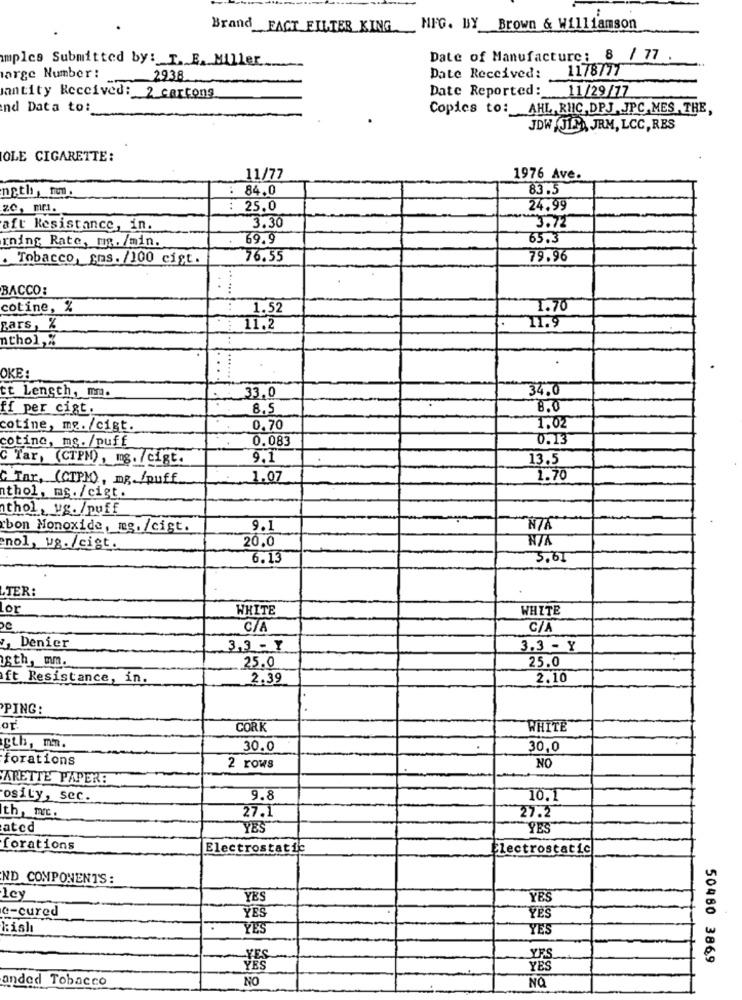
Brand_FACT FILTER KING MFG. BY Brown & Williamson
amples Submitted by: I. E. Miller
Date of Manufacture: 8 / 77
1178777
arge Number :
2938
Date Received:
Date Reported: 11/29/77
santity Received: 2 cartons
nd Data to:
Copies to: AHL RIC DPJ. JPC,MES, THE,
JDW JIG, JRM, LCC, RES
OLE CIGARETTE:
11/77
1976 Ave.
ngth, non.
: 84.0
83.5
ze, mr1.
: 25.0
24.99
aft Resistance, in.
3.30
3.72
rning Rate, ma. /min.
69.9
65.3
. Tobacco, sms. /100 cist.
76.55
79.96
...
BACCO:
cotine, %
1.52
1.70
zars, %
11.2
11.9
nthol,%
.
..
OKE:
tt Length, mm.
34.0
33.0
ff per cigt.
8.5
8.0
cotine, me. /cigt.
0,70
1.02
cotine, mg. /puff
0.083
0.13
c Tar, (CTPM), mg. /cigt.
9.1
13.5
C Tar, (CIPM), mg. /puff.
1.07
1.70
nthol, ms. /cigt.
nthol, vs./puff
bon Monoxide, mg. /cigt.
9.1
20.0
enol, vg./cist.
6.13
3.61
LTER:
Lor
WHITE
WHITE
C/A
C/A
Denier
3,3 - Y
3.3 - Y
sth, mm.
25.0
25.0
ft Resistance, in.
2.39
2.10
PING:
CORK
WHITE
gth, mn.
30.0
30.0
forations
NO
2 rows
ARETTE PAPER:
osity, sec.
9.8
10.1
27.1
th, mc.
27.2
ated
YES
YES
forations
Electrostatic
Electrostatic
ND COMPONENTS:
ley
YES
YES
e-cured
YES
YES
kish
YES
YES
YF
50480 3869
YES
anded Tobacco
NO
NO